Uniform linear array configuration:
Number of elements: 8
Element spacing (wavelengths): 0.5
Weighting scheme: binomial
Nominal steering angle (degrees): -45
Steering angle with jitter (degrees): -46.64
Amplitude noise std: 0.05
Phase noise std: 0.05

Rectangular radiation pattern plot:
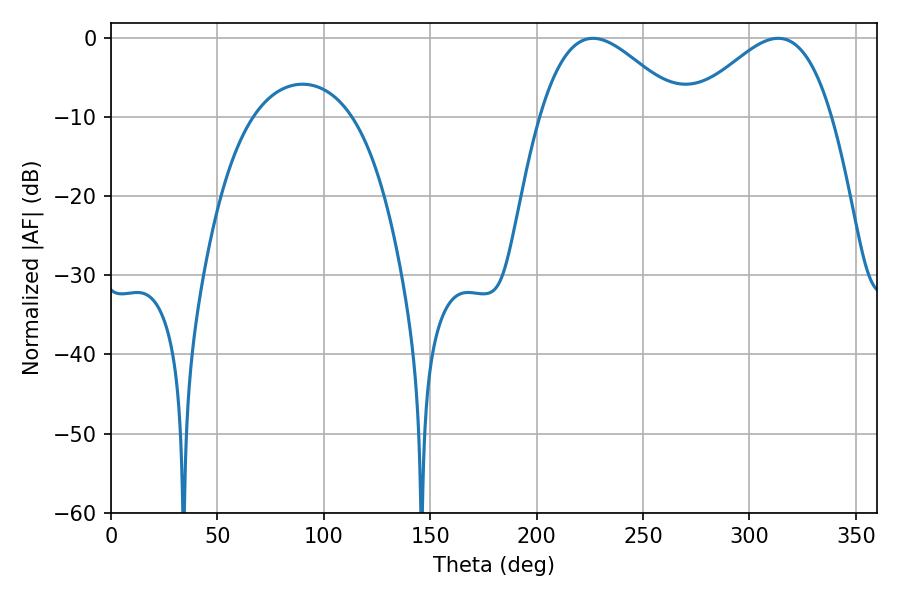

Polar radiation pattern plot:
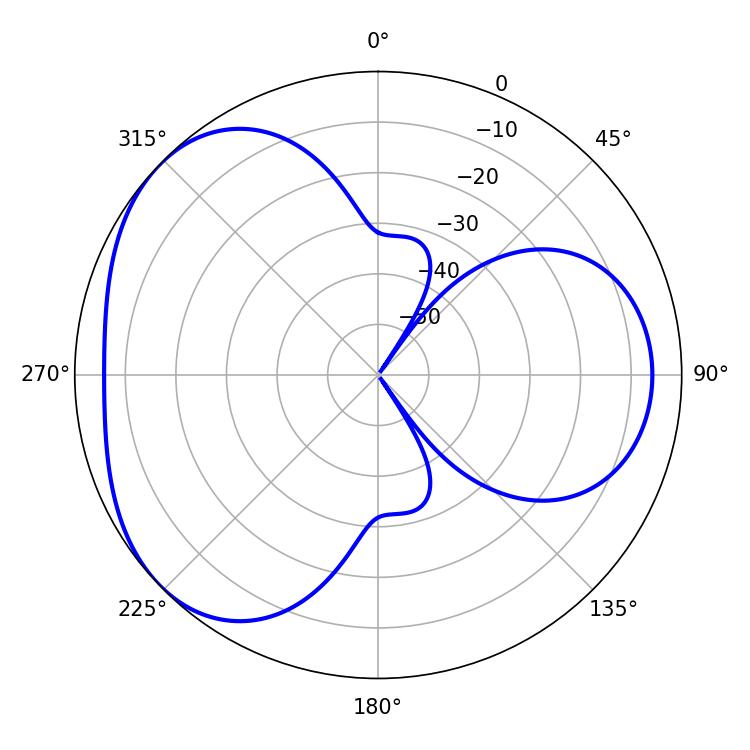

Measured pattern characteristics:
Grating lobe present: FALSE
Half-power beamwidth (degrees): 35.82
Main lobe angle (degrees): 226.44